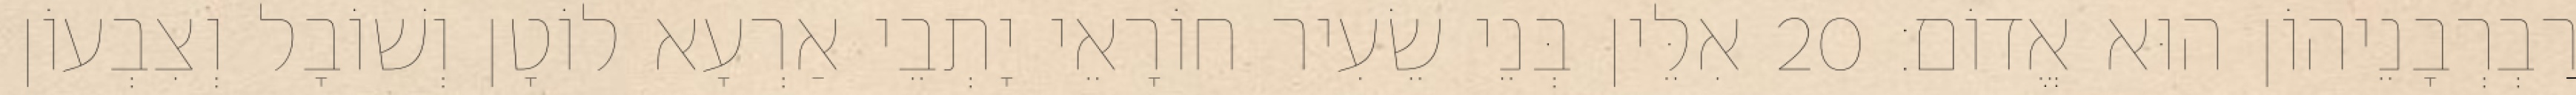
רַבְרְבָנֵיהוֹן הוּא אֱדוֹם׃ 20 אִלֵּין בְּנֵי שֵׂעִיר חוֹרָאֵי יָתְבֵי אַרְעָא לוֹטָן וְשׁוֹבָל וְצִבְעוֹן